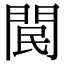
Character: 𨳶